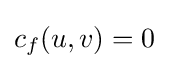
c_{f}(u,v)=0